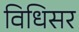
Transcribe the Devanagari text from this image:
विधिसर